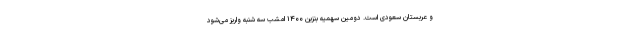
و عربستان سعودی است. دومین سهمیه بنزین ۱۴۰۰ امشب سه شنبه واریز می‌شود